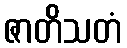
ဇာတိသတံ